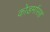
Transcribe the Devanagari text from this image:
कोडर्मासह